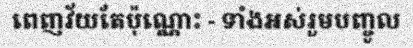
ពេញវ័យតែប៉ុណ្ណោះ - ទាំងអស់រួមបញ្ចូល